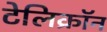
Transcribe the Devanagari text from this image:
टेलिक्रॉन